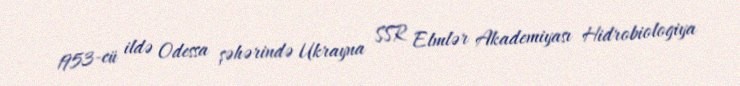
1953-cü ildə Odessa şəhərində Ukrayna SSR Elmlər Akademiyası Hidrobiologiya